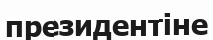
президентіне